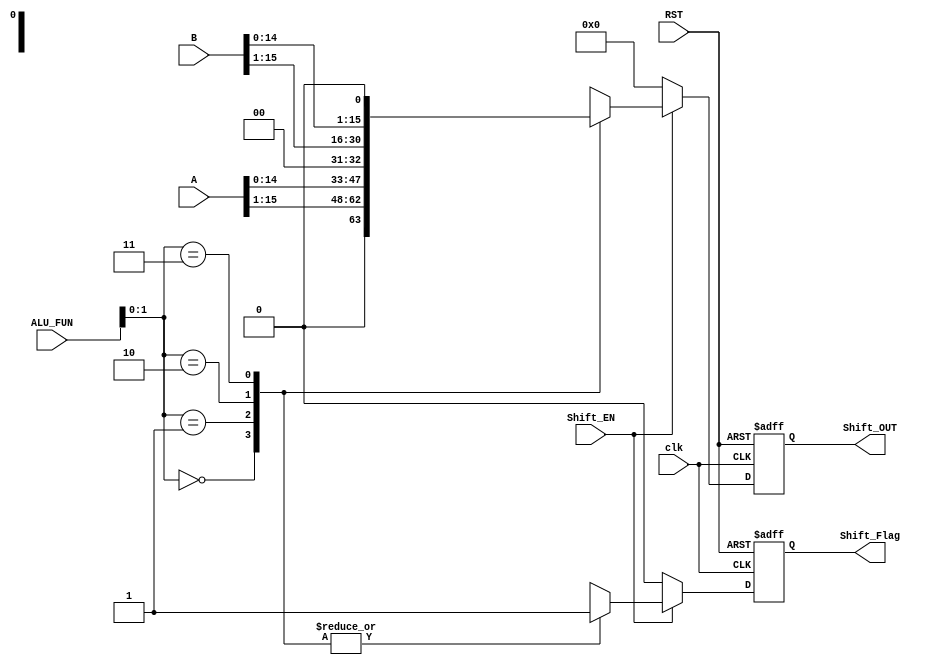
module Shift_Unit(

input    wire     [15:0]     A,B,
input    wire                clk,Shift_EN,
input    wire     [3:0]      ALU_FUN,
input    wire                RST,
output   reg      [15:0]     Shift_OUT,
output   reg                 Shift_Flag

);

reg [15:0] Shift_OUT_C;
reg        Shift_Flag_C;

always @(*)

begin

if(Shift_EN)

begin

case (ALU_FUN[1:0])

2'b00:

begin
Shift_OUT_C=(A>>1);
Shift_Flag_C=1'b1;
end

2'b01:

begin
Shift_OUT_C=(A<<1);
Shift_Flag_C=1'b1;
end

2'b10:

begin
Shift_OUT_C=(B>>1);
Shift_Flag_C=1'b1;
end

2'b11:

begin
Shift_OUT_C=(B<<1);
Shift_Flag_C=1'b1;
end

endcase

end

else
begin
Shift_OUT_C=16'b0;
Shift_Flag_C=1'b0;
end
end

always @(posedge clk or negedge RST)
begin

if(!RST)
begin
Shift_OUT<=16'b0;
Shift_Flag<=1'b0;
end
else
begin
Shift_OUT<=Shift_OUT_C;
Shift_Flag<=Shift_Flag_C;
end
end

endmodule